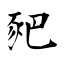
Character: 豝